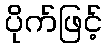
ပိုက်ဖြင့်